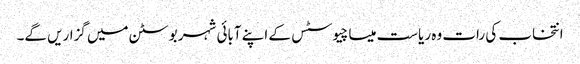
انتخاب کی رات وہ ریاست میساچیوسٹس کے اپنے آبائی شہر بوسٹن میں گزاریں گے۔